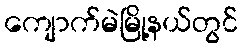
ကျောက်မဲမြို့နယ်တွင်